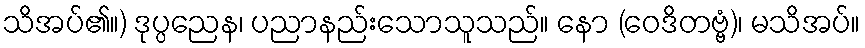
သိအပ်၏။) ဒုပ္ပညေန၊ ပညာနည်းသောသူသည်။ နော (ဝေဒိတဗ္ဗံ)၊ မသိအပ်။